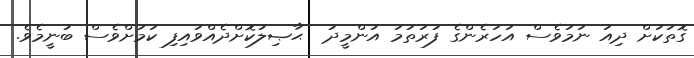
ގޮތަކަށް ދިއަ ނަމަވެސް އަހަރެންގެ ފުރަތަމަ އުންމީދު  ޙާޞިލުކޮށްދެއްވައިފި ކަމަށްވެސް ބުނީމެވެ.